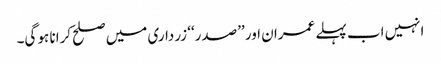
انہیں اب پہلے عمران اور ’’صدر‘‘ زرداری میں صلح کرانا ہو گی۔